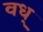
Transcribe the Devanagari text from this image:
वध्